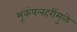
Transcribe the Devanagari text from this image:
भूकंपलहरींमुळे